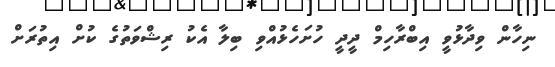
ނިހާން ވިދާޅުވީ އިބްރާހިމް ދީދީ ހުށަހެޅުއްވި ބިލާ އެކު ރިޝްވަތުގެ ކުށް އިތުރަށް